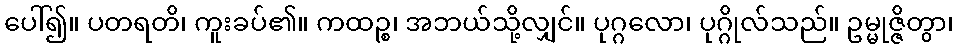
ပေါ်၍။ ပတရတိ၊ ကူးခပ်၏။ ကထဉ္စ၊ အဘယ်သို့လျှင်။ ပုဂ္ဂလော၊ ပုဂ္ဂိုလ်သည်။ ဥမ္မုဇ္ဇိတွာ၊